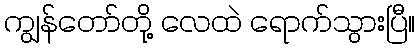
ကျွန်တော်တို့ လေထဲ ရောက်သွားပြီ။